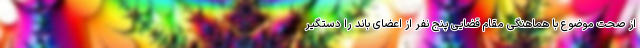
از صحت موضوع با هماهنگی مقام قضایی پنج نفر از اعضای باند را دستگیر